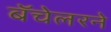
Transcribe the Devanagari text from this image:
बॅचेलरने